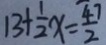
1 3 + \frac { 1 } { 2 } x = \frac { 4 7 } { 2 }